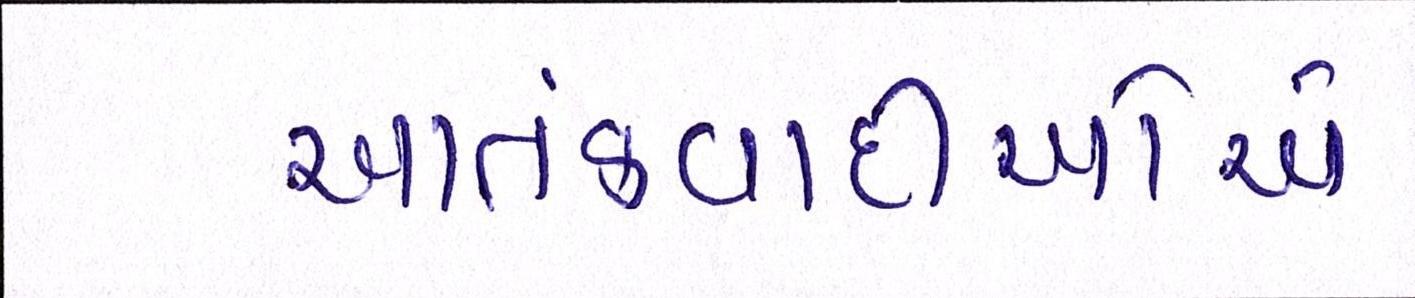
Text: આતંકવાદીઓેએ